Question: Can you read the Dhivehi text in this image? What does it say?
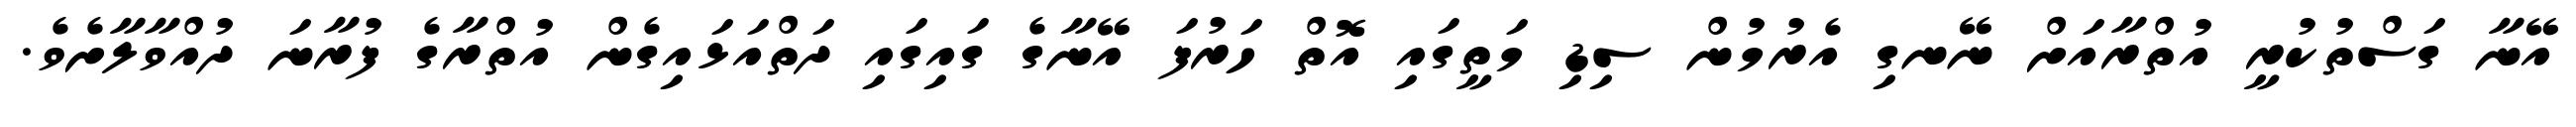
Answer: އޭނާ ގަސްތުކުރީ އުތްރާއަށް ނޭނގި އެރުމުން ސިޑި މަތީގައި އޮތް ހަރުފަ އޭނާގެ ގައިގައި ދަތްއަޅައިގެން އުތްރާގެ ފުރާނަ ދުއްވާލާށެވެ.